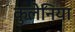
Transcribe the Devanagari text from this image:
कुलेनिया